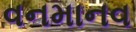
વનમાનવ